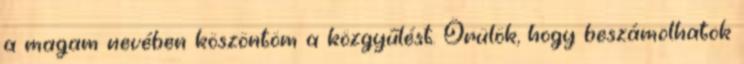
a magam nevében köszöntöm a közgyűlést. Örülök, hogy beszámolhatok